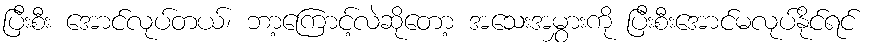
ပြီးစီး အောင်လုပ်တယ်၊ ဘာ့ကြောင့်လဲဆိုတော့ အသေးအမွှားကို ပြီးစီးအောင်မလုပ်နိုင်ရင်